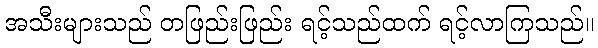
အသီးများသည် တဖြည်းဖြည်း ရင့်သည်ထက် ရင့်လာကြသည်။